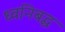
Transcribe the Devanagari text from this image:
ध्वनिबद्ध